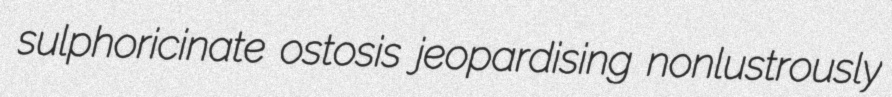
sulphoricinate ostosis jeopardising nonlustrously